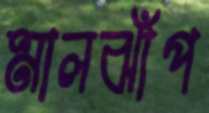
মালঝাঁপ